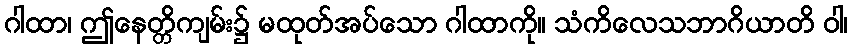
ဂါထာ၊ ဤနေတ္တိကျမ်း၌ မထုတ်အပ်သော ဂါထာကို။ သံကိလေသဘာဂိယာတိ ဝါ၊